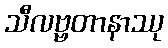
သီလဗ္ဗတာနာဿု